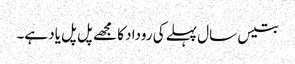
بتیس سال پہلے کی روداد کا مجھے پل پل یاد ہے۔